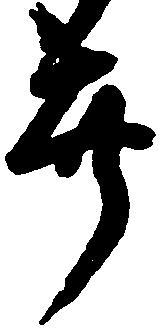
喜